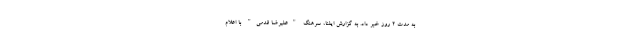
به مدت ۲ روز خبر داد. به گزارش ایلنا، سرهنگ "علیرضا قدمی" با اعلام